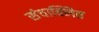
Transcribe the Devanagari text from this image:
संचाक्लित